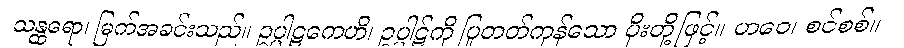
သန္ထရော၊ မြက်အခင်းသည်။ ဥပ္ပါဋကေဟိ၊ ဥပ္ပါဋ်ကို ပြုတတ်ကုန်သော ပိုးတို့ဖြင့်။ ဟဝေ၊ စင်စစ်။